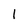
Character: 1